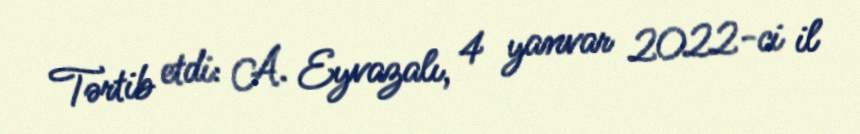
Tərtib etdi: A. Eyvazalı, 4 yanvar 2022-ci il